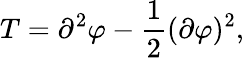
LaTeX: T=\partial^{2}\varphi-\frac{1}{2}(\partial\varphi)^{2},